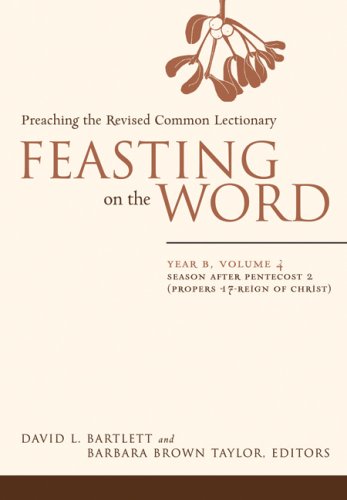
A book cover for Feasting on the Word: Year B, Vol. 4: Season after Pentecost 2 (Propers 17-Reign of Christ); Christian Books & Bibles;